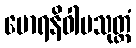
မောရနိဝါပသုတ္တံ